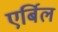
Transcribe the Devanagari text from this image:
एर्बिल